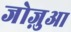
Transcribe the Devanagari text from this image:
जोज़ुआ